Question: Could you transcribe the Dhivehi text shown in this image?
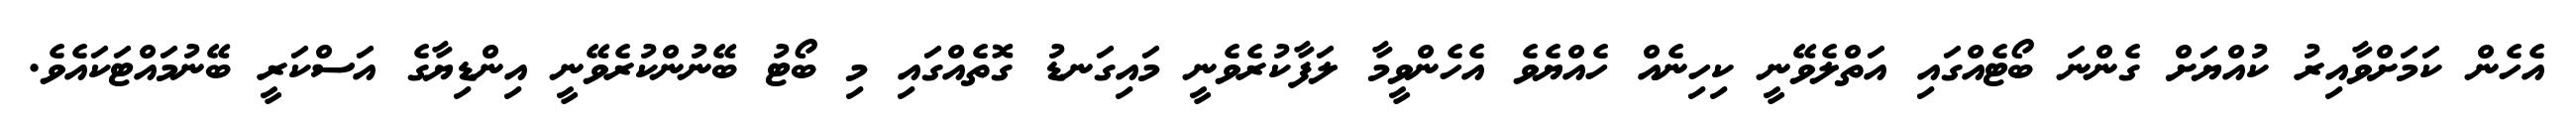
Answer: އެހެން ކަމަށްވާއިރު ކުއްޔަށް ގެންނަ ބޯޓެއްގައި އަތްލެވޭނީ ކިހިނެއް ހެއްޔެވެ އެހެންވީމާ ލަފާކުރެވެނީ މައިގަނޑު ގޮތެއްގައި މި ބޯޓު ބޭނުންކުރެވޭނީ އިންޑިޔާގެ އަސްކަރީ ބޭނުމައްޓަކައެވެ.